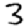
Digit: 3